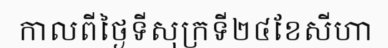
កាលពីថ្ងៃទីសុក្រទី២៤ខែសីហា